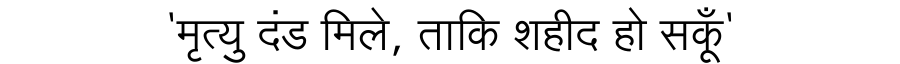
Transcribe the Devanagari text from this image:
'मृत्यु दंड मिले, ताकि शहीद हो सकूँ'